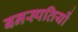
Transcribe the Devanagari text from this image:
बनस्पतियों